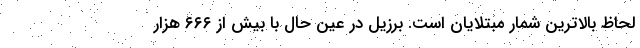
لحاظ بالاترین شمار مبتلایان است. برزیل در عین حال با بیش از ۶۶۶ هزار